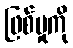
ဖြစ်မှုကို